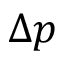
\Delta p